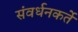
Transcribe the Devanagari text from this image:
संवर्धनकर्ते